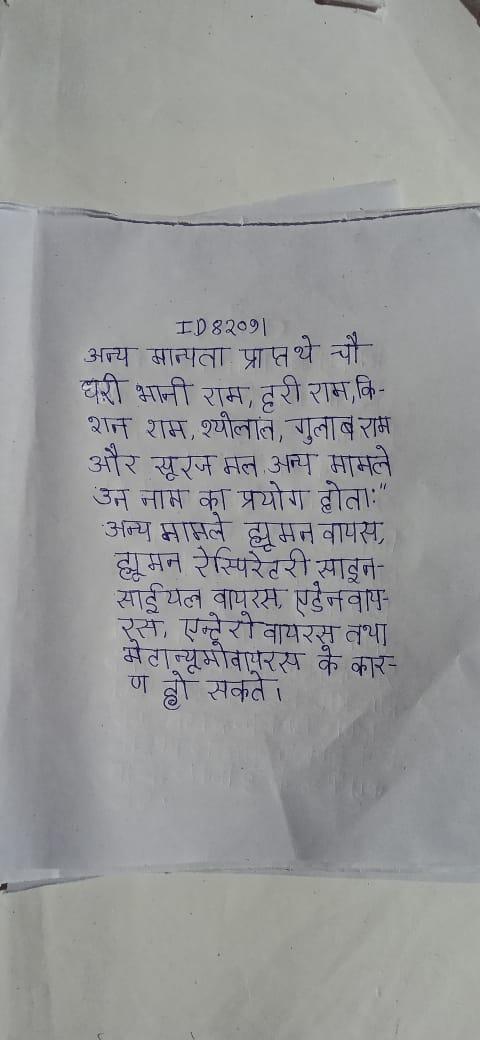
अन्य मान्यता प्राप्त थे चौधरी भानी राम, हरी राम, किशन राम, श्योलाल, गुलाब राम और सूरज मल . अन्य मामले उन नाम का प्रयोग होता: " अन्य मामले ह्यूमन वायरस, ह्यूमन रेस्पिरेटरी साइनसाईटियल वायरस, एडेनोवायरस, एन्टेरोवायरस तथा मेटान्यूमोवायरस के कारण हो सकते ।